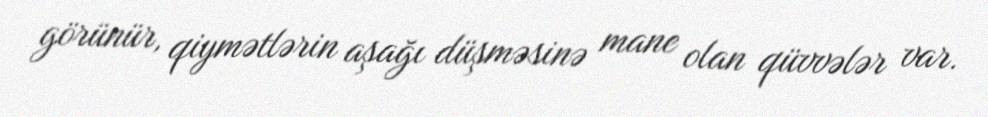
görünür, qiymətlərin aşağı düşməsinə mane olan qüvvələr var.